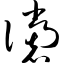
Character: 谠